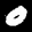
Label: 0